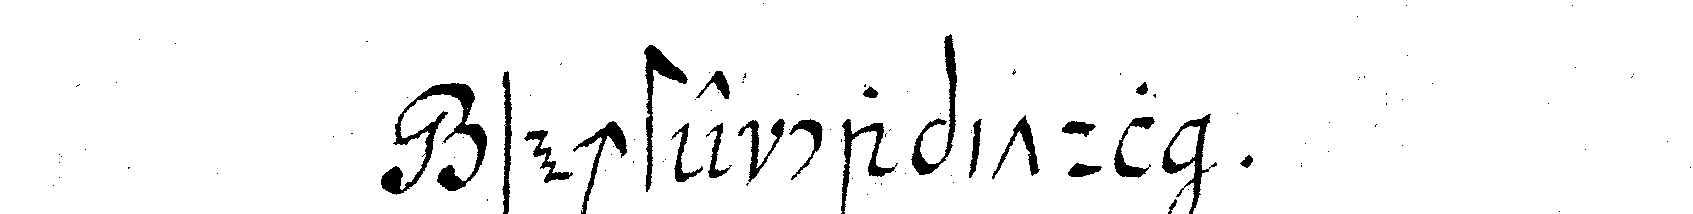
sechste capitul .